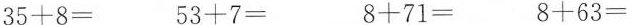
$$3 5 + 8 =$$ $$5 3 + 7 =$$ $$ 8 + 7 1 =$$ $$8 + 6 3 =$$